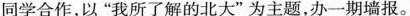
同学合作，以”我所了解的北大”为主题，办一期墙报。